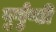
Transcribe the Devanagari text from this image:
बुर्गुण्डी